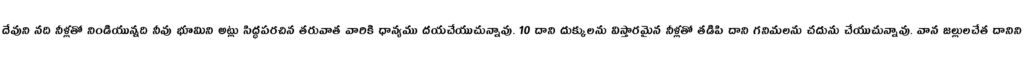
దేవుని నది నీళ్లతో నిండియున్నది నీవు భూమిని అట్లు సిద్ధపరచిన తరువాత వారికి ధాన్యము దయచేయుచున్నావు. 10 దాని దుక్కులను విస్తారమైన నీళ్లతో తడిపి దాని గనిమలను చదును చేయుచున్నావు. వాన జల్లులచేత దానిని